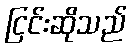
ငြင်းဆိုသည်